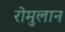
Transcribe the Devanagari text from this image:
रोमुलान